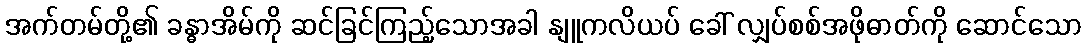
အက်တမ်တို့၏ ခန္ဓာအိမ်ကို ဆင်ခြင်ကြည့်သောအခါ နျူကလိယပ် ခေါ် လျှပ်စစ်အဖိုဓာတ်ကို ဆောင်သော